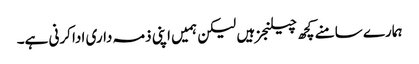
ہمارے سامنے کچھ چیلنجز ہیں لیکن ہمیں اپنی ذمہ داری ادا کرنی ہے۔